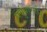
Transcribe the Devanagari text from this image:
पर्युपासते।